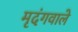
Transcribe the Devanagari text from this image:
मृदंगवाले